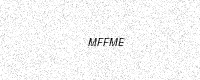
Text: MFFME